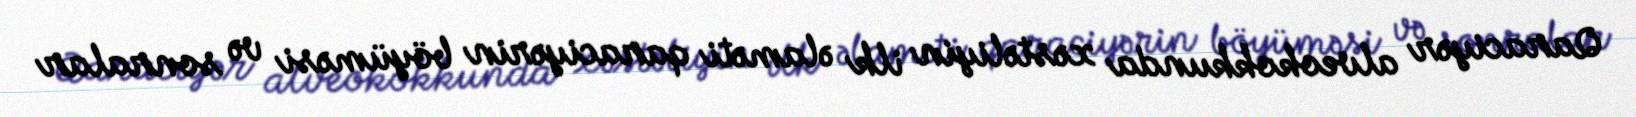
Qaraciyər alveokokkunda xəstəliyin ilk əlaməti qaraciyərin böyüməsi və sonralar